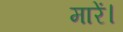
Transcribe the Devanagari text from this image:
मारें।